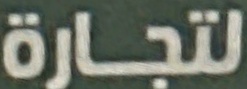
لتجارة